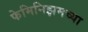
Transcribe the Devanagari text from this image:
फेमिनिझमच्या